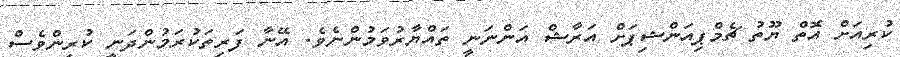
ކުރިއަށް އޮތް ޔޫތު ޗެމްޕިއަންޝިޕަށް އަރާޝް އަންނަނީ ތައްޔާރުވަމުންނެވެ. އޭނާ ފަރިތަކުރަމުންދަނީ ކުރިންވެސް